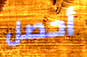
أحصل